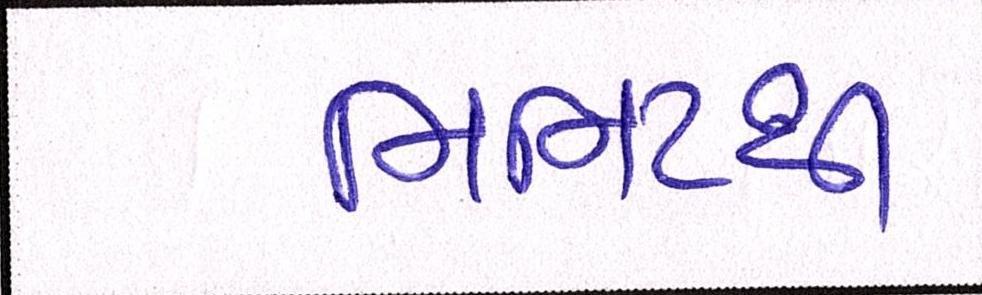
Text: મિનિટથી